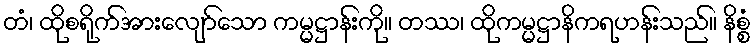
တံ၊ ထိုစရိုက်အားလျော်သော ကမ္မဋ္ဌာန်းကို။ တဿ၊ ထိုကမ္မဋ္ဌာနိကရဟန်းသည်။ နိစ္စံ